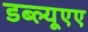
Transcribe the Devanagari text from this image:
डब्ल्यूएए